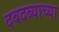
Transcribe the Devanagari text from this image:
दबदब्याच्या